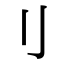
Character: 刂